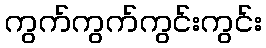
ကွက်ကွက်ကွင်းကွင်း